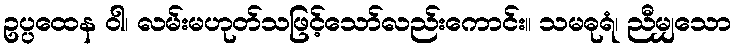
ဥပ္ပထေန ဝါ၊ လမ်းမဟုတ်သဖြင့်သော်လည်းကောင်း။ သမဓုရံ၊ ညီမျှသော